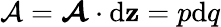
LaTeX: {\cal A}={\boldsymbol{\cal A}\cdot\mathrm{d}{\mathbf{z}}}=p\mathrm{d}q